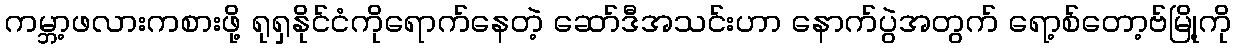
ကမ္ဘာ့ဖလားကစားဖို့ ရုရှနိုင်ငံကိုရောက်နေတဲ့ ဆော်ဒီအသင်းဟာ နောက်ပွဲအတွက် ရော့စ်တော့ဗ်မြို့ကို